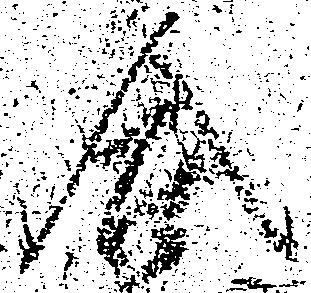
合